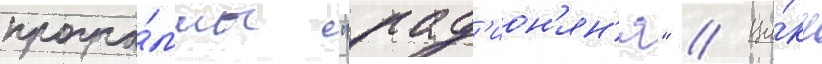
програ́ммы "рад'ион'ян'я" // Ци́кл